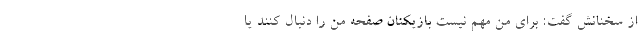
از سخنانش گفت: برای من مهم نیست بازیکنان صفحه من را دنبال کنند یا